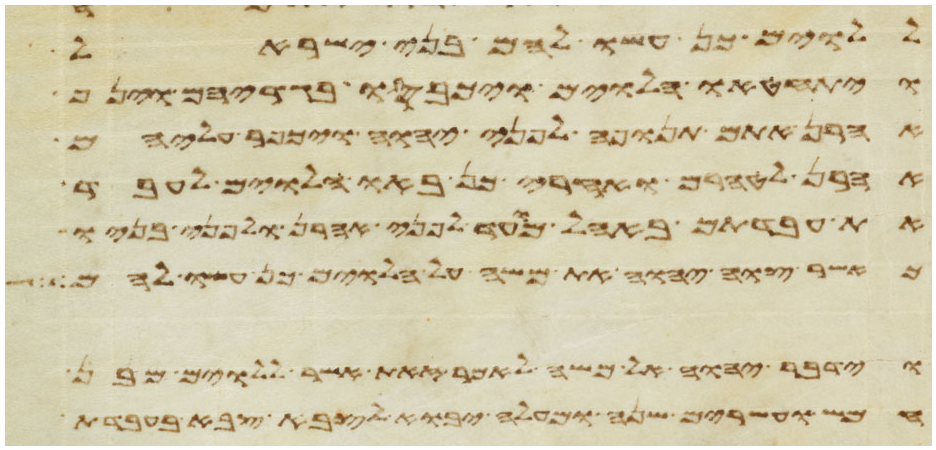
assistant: ללוים כן עשו להם בני ישראל
ויתחטאו הלוים ויכבסו בגדיהם וינף
אהרן אתם תנופה לפני יהוה ויכפר עליהם
אהרן לטהרם ואחרי כן באו הלוים לעבד
את עבדתם באהל מועד לפני אהרן ולפני בניו
כאשר צוה יהוה את משה על הלוים כן עשו להם
וידבר יהוה אל משה לאמר זאת אשר ללוים מבן
חמש ועשרים שנה ומעלה יבוא לצבא צבא בעבדת